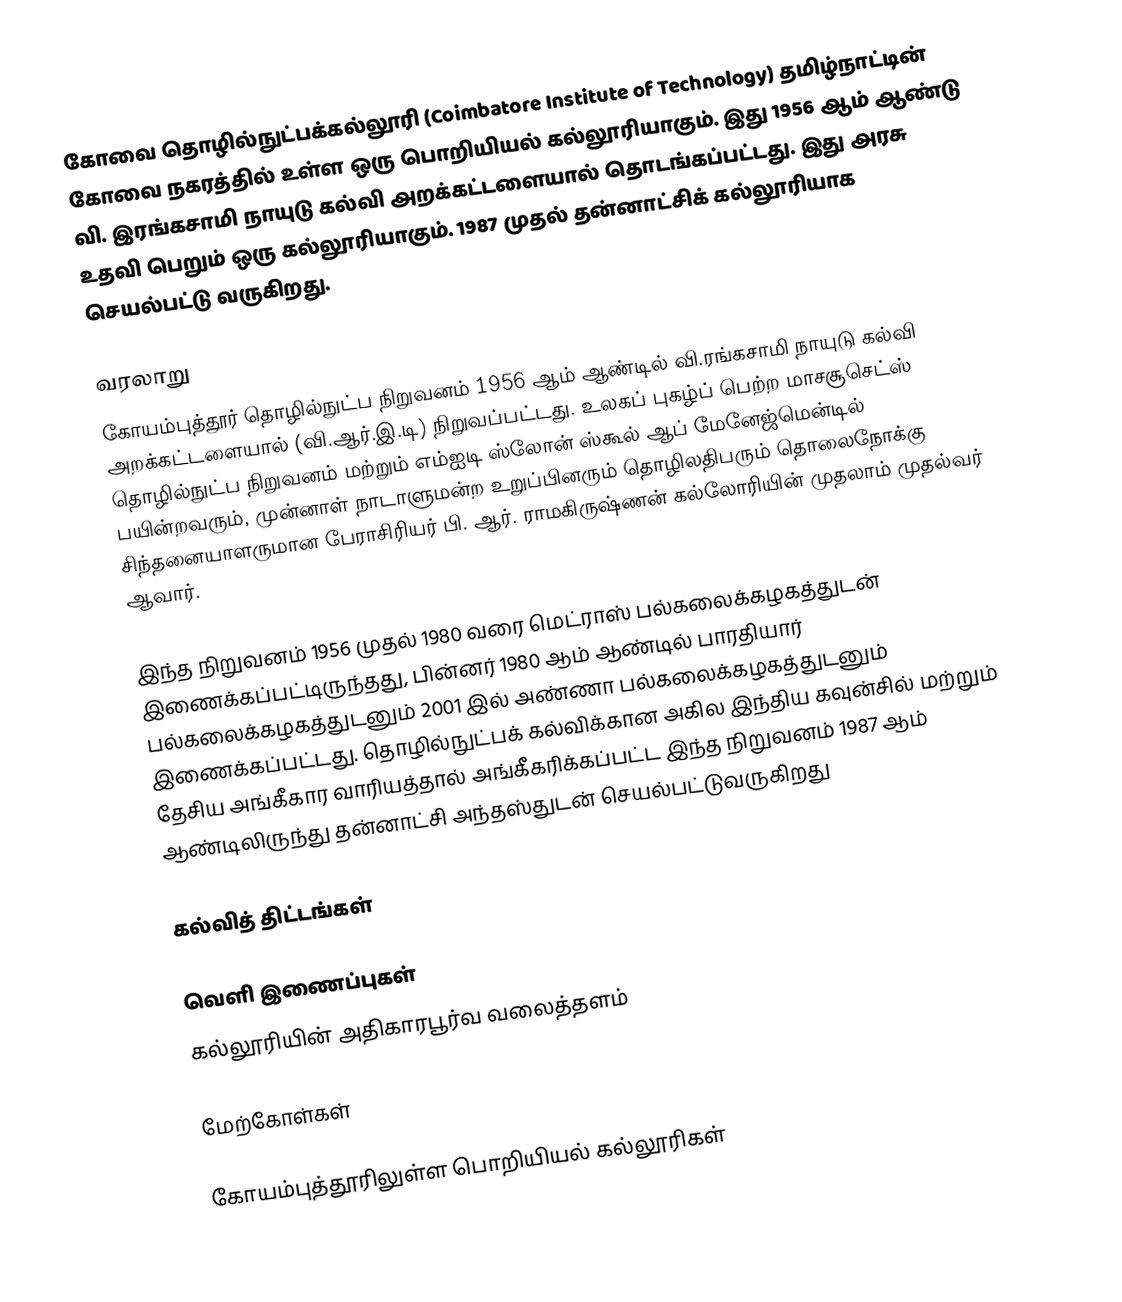
கோவை தொழில்நுட்பக்கல்லூரி (Coimbatore Institute of Technology) தமிழ்நாட்டின் கோவை நகரத்தில் உள்ள ஒரு பொறியியல் கல்லூரியாகும். இது 1956 ஆம் ஆண்டு வி. இரங்கசாமி நாயுடு கல்வி அறக்கட்டளையால் தொடங்கப்பட்டது. இது அரசு உதவி பெறும் ஒரு கல்லூரியாகும். 1987 முதல் தன்னாட்சிக் கல்லூரியாக செயல்பட்டு வருகிறது.

வரலாறு
கோயம்புத்தூர் தொழில்நுட்ப நிறுவனம் 1956 ஆம் ஆண்டில் வி.ரங்கசாமி நாயுடு கல்வி அறக்கட்டளையால்  (வி.ஆர்.இ.டி) நிறுவப்பட்டது. உலகப் புகழ்ப் பெற்ற மாசசூசெட்ஸ் தொழில்நுட்ப நிறுவனம் மற்றும் எம்ஐடி ஸ்லோன் ஸ்கூல் ஆப் மேனேஜ்மென்டில் பயின்றவரும், முன்னாள் நாடாளுமன்ற உறுப்பினரும் தொழிலதிபரும் தொலைநோக்கு சிந்தனையாளருமான  பேராசிரியர் பி. ஆர். ராமகிருஷ்ணன்  கல்லோரியின் முதலாம் முதல்வர் ஆவார்.

இந்த நிறுவனம் 1956 முதல் 1980 வரை மெட்ராஸ் பல்கலைக்கழகத்துடன் இணைக்கப்பட்டிருந்தது, பின்னர் 1980 ஆம் ஆண்டில்  பாரதியார் பல்கலைக்கழகத்துடனும்  2001 இல் அண்ணா பல்கலைக்கழகத்துடனும் இணைக்கப்பட்டது. தொழில்நுட்பக் கல்விக்கான அகில இந்திய கவுன்சில் மற்றும் தேசிய அங்கீகார வாரியத்தால் அங்கீகரிக்கப்பட்ட  இந்த நிறுவனம் 1987 ஆம் ஆண்டிலிருந்து  தன்னாட்சி அந்தஸ்துடன் செயல்பட்டுவருகிறது

கல்வித் திட்டங்கள்

வெளி இணைப்புகள்
 கல்லூரியின் அதிகாரபூர்வ வலைத்தளம்

மேற்கோள்கள்

கோயம்புத்தூரிலுள்ள பொறியியல் கல்லூரிகள்